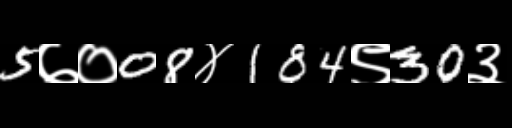
Text: 5७०08४184९30३